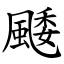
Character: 䬐